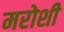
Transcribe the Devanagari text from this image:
मरोशी